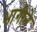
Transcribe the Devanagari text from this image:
भागीने